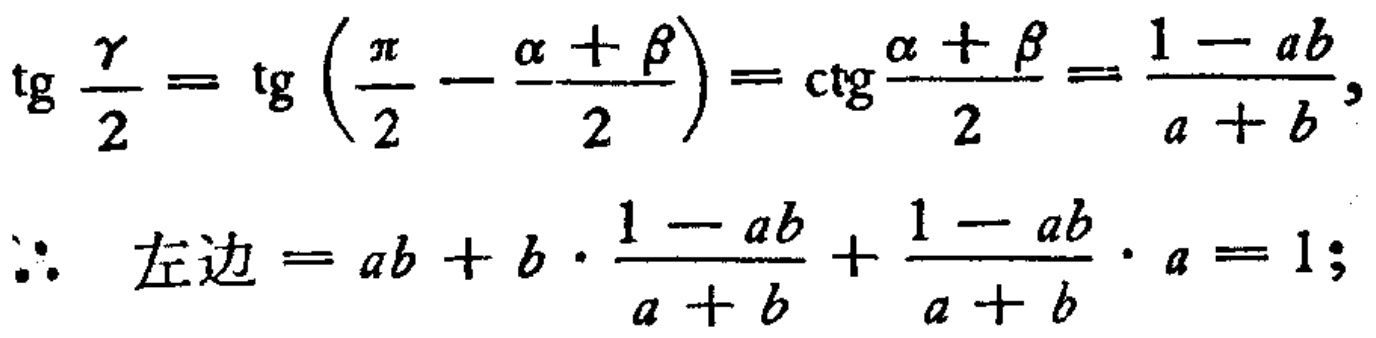
\[\begin{align*}

\operatorname{tg} \frac{\gamma}{2}&=\operatorname{tg}\left(\frac{\pi}{2}-\frac{\alpha+\beta}{2}\right)=\operatorname{ctg} \frac{\alpha+\beta}{2}=\frac{1 - ab}{a + b},\\

\therefore\ 左边&=ab + b\cdot\frac{1 - ab}{a + b}+\frac{1 - ab}{a + b}\cdot a = 1;

\end{align*}\]